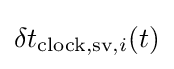
\displaystyle \delta t_{{\text{clock,sv}},i}(t)